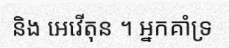
និង អេវើតុន ។ អ្នកគាំទ្រ